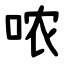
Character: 哝